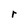
Character: r